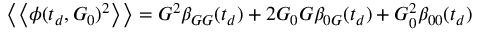
\left\langle \left\langle \phi ( t _ { d } , G _ { 0 } ) ^ { 2 } \right\rangle \right\rangle = G ^ { 2 } \beta _ { G G } ( t _ { d } ) + 2 G _ { 0 } G \beta _ { 0 G } ( t _ { d } ) + G _ { 0 } ^ { 2 } \beta _ { 0 0 } ( t _ { d } )